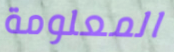
المعلومة